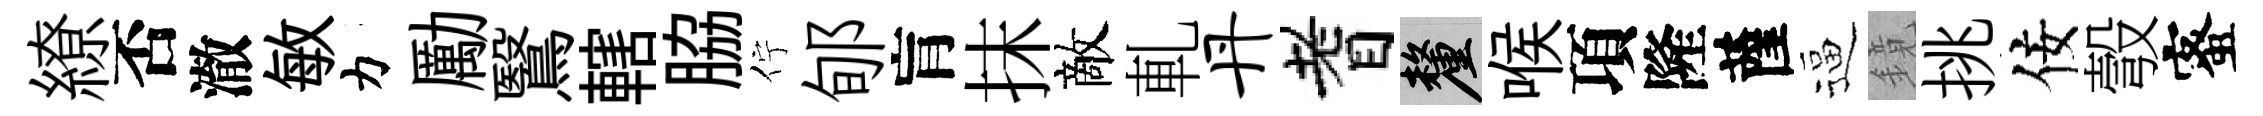
繚否澈敏力勵鷖轄脇佇郇肓抹敵軋丹耆厘喉項隆薩逼鏡挑佞彀蜜